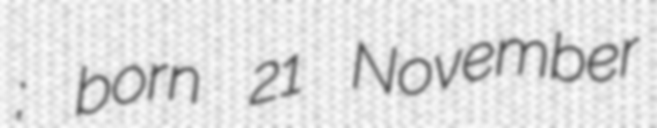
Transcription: Бондарь; born 21 November